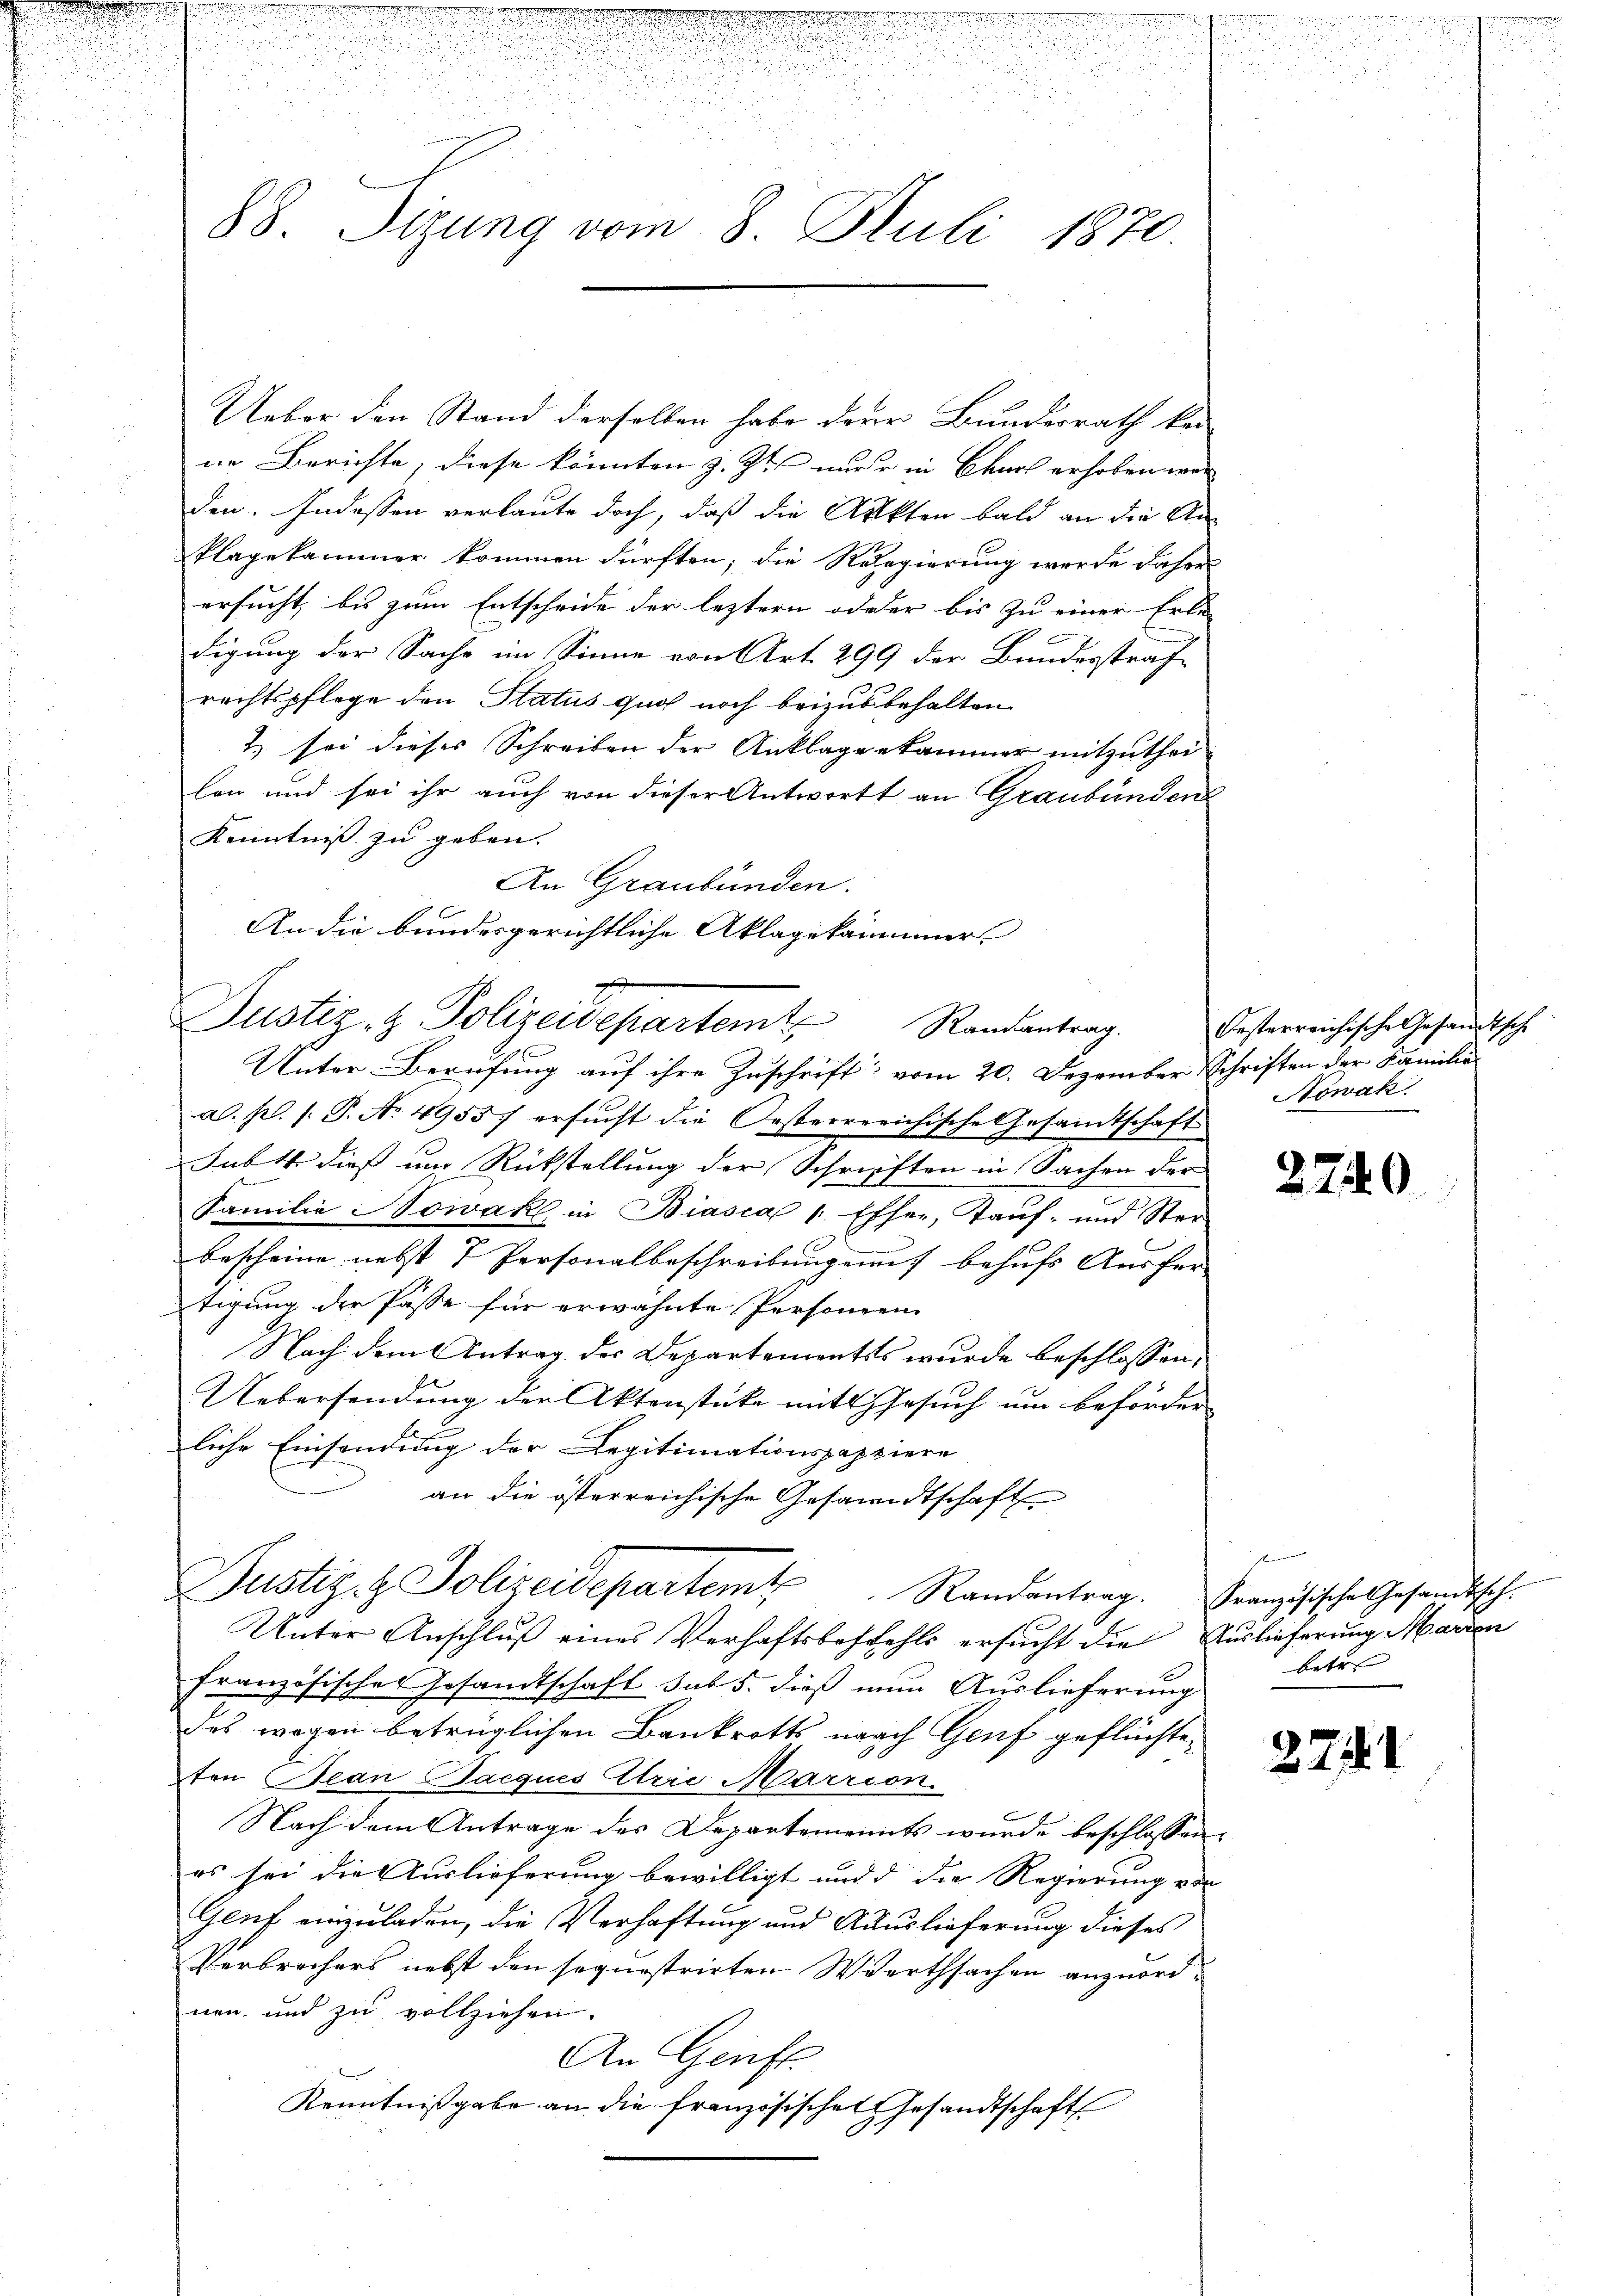
e

.

n
2

t

.

88. Sizung vom 8. Juli 1870.

Ueber den Stand derselben habe derer Bundesrath kan
in Berichte, diese könnten z. Zt. nur in Charf erhoben war
den. Indessen verlaute doch, daß die Akten bald an die An-
klagekammer kommen dürften; die Regierung werde daher
ersucht, bis zum Entscheide der leztern oderer bis zu einer Erle-
digung der Sache im Sinne von Art. 299 der Bundesstraf-
rechtspflege den Status quos noch beizus behalten
2) sei dieses Schreiben der Anklagenkammer mitzutheilen und sei ihr auch von dieser Antwort an Graubünden
Kenntniß zu geben.
An Graubünden.
An die bundesgerichtliche Aklagekammeners
a. p. s. S. No 49537 ersucht die Oesterrreichische Gesandtschaft
Fabit dieß um Rückstellung der Schriften in Sachen der
Familie Nowak in Biasca 1. Escher, Tauf- und Ster
bescheine nebst 7 Personalbeschreibung auf behufs Ausfer- |
tigung der Pässe für erwähnte Personen
Nach dem Antrag der Departementes wurde beschlossen,
Uebersendung der Aktenstücke mit Gesuch um beförder
liche Einsendung der Legitimationspapiere
an die österreichische Gesandtschaft
Justiz- & Polizeidepartem Randantrag. Französische Gesandtsch.
Unter Anschluß eines Verhaftsbestehls ersucht die Auslieferung Marien
französisches Gesandtschaft sub 5. dieß nun Auslieferung
das wegen betrüglichen Bankrotts nach Genf geflüchte
ten Jean Pacques Arie Marrion.
c
Nach dem Antrage des Departements wurde beschlossen:
os sei die Auslieferung bewilligt und d die Regierung von
Geuf einzuladen, die Verhaftung und Auslieferung dieses
Verbrechers nebst den sequestrirten Wirthsachen anzuordnen und zu vollziehen.
An Genft
Kenntnißgabe an die französischen Gesandtschafts

Justiz- & Polizeidepartemt, Randantrag.
Unter Berufung auf ihre Zuschrift vom 20. Dezember Schriften der Familiä-

Festerreichische Gesandtsche
Nowak

2740

I eine
betr.

274